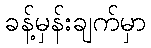
ခန့်မှန်းချက်မှာ